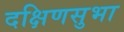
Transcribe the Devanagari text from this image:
दक्षिणसुभा